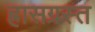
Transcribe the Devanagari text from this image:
ह्रासग्रस्त